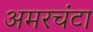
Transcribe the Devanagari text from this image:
अमरचंटा